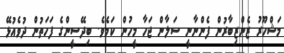
މަޝްހޫރު ޒެންޒިބާރުން ފެންނާނީ ސަލާން ޖަހާ މީހުން ކަމެވެ. ބިދޭސީންގެ ފަހަތުން ދުވެއުޅޭ